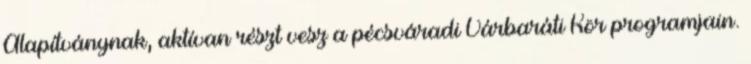
Alapítványnak, aktívan részt vesz a pécsváradi Várbaráti Kör programjain.